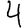
Digit: 4